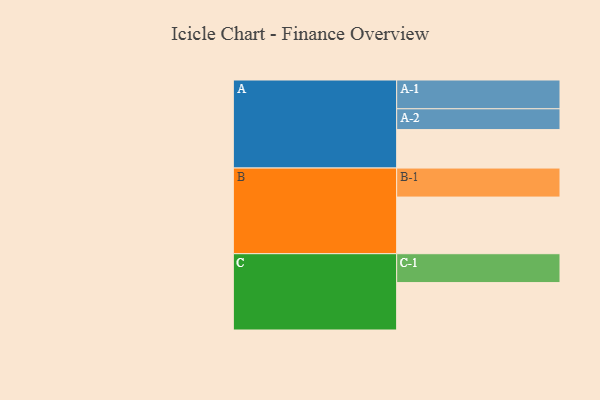
{"axis": {"x": "Segment", "y": "Value"}, "legend": ["", "A", "B", "C"], "data": [{"x": "A", "y": 366, "type": ""}, {"x": "B", "y": 539, "type": ""}, {"x": "C", "y": 451, "type": ""}, {"x": "A-1", "y": 274, "type": "A"}, {"x": "A-2", "y": 198, "type": "A"}, {"x": "B-1", "y": 276, "type": "B"}, {"x": "C-1", "y": 275, "type": "C"}]}